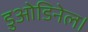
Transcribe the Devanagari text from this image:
डुओडिनेल।